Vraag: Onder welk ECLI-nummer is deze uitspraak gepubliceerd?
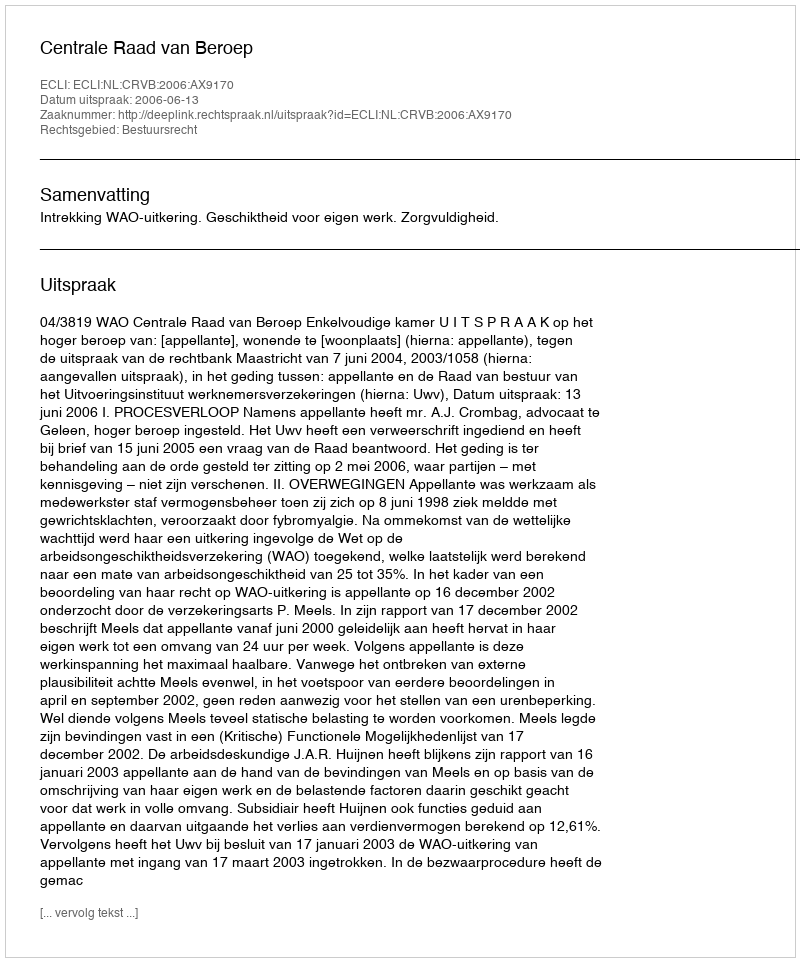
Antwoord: ECLI:NL:CRVB:2006:AX9170